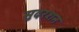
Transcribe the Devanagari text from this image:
सुदरशन